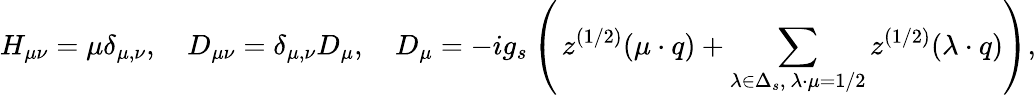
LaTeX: H_{\mu\nu}=\mu\delta_{\mu,\nu},\quad D_{\mu\nu}=\delta_{\mu,\nu}D_{\mu},\quad D_{\mu}=-ig_{s}\left(\, z^{(1/2)}(\mu\cdot q)+\sum_{\lambda\in\Delta_{s},\ \lambda\cdot\mu=1/2}z^{(1/2)}(\lambda\cdot q)\right),